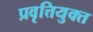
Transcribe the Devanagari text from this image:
प्रवृत्तियुक्त